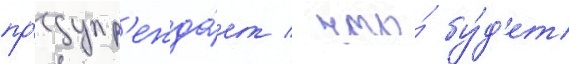
пр'едупр'ежда́ет / что́ бу́д'ет